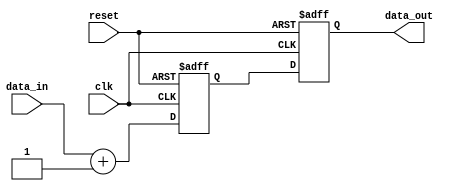
module BehavioralModel (
    input wire clk,
    input wire reset,
    input wire [3:0] data_in,
    output reg [3:0] data_out
);

// Internal state variable
reg [3:0] internal_state;

// Task to perform a specific operation
task update_state(input [3:0] new_data);
    begin
        // Simulate a delay (for demonstration purposes only)
        #5 internal_state <= new_data + 1; // Add 1 to the new data
    end
endtask

// Continuous assignment block for data_out based on internal_state and events
always @(posedge clk or posedge reset) begin
    if (reset) begin
        internal_state <= 4'b0; // Reset internal state
        data_out <= 4'b0; // Reset output
    end else begin
        // Call the task to update internal state
        update_state(data_in);
        
        // Update data_out based on updated state
        data_out <= internal_state; // Output the internal state
    end
end

endmodule